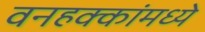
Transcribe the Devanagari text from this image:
वनहक्कांमध्ये